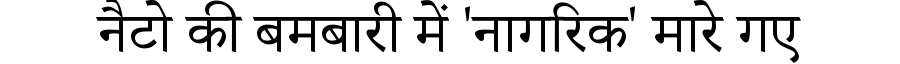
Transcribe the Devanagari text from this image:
नैटो की बमबारी में 'नागरिक' मारे गए